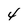
Character: 4